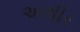
અથીર